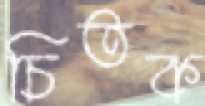
চিতক